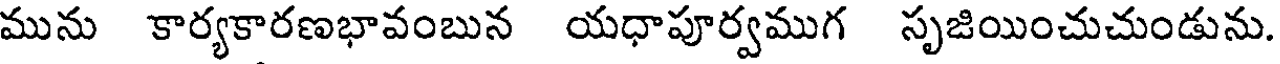
మును కార్యకారణభావంబున యధాపూర్వముగ సృజియించుచుండును.